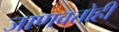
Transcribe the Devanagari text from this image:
जाणवतोही